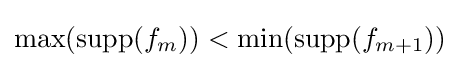
\max(\operatorname {supp} (f_{m}))<\min(\operatorname {supp} (f_{m+1}))